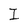
Character: I